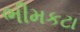
ભીમકટા